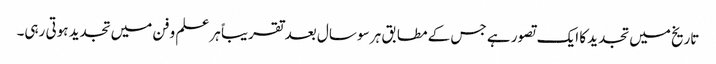
تاریخ میں تجدید کا ایک تصور ہے جس کے مطابق ہر سو سال بعد تقریباً ہر علم و فن میں تجدید ہوتی رہی۔